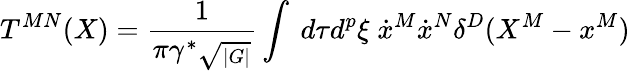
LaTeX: T^{MN}(X)={\frac{1}{\pi\gamma^{\ast}\sqrt{_{|G|}}}}\int~d\tau d^{p}\xi\; \dot{x}^{M}\dot{x}^{N}\delta^{D}(X^{M}-x^{M})